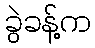
ခွဲခန့်က